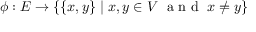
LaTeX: \phi : E \to \{ \{ x , y \} \mid x , y \in V \; { \textrm { a n d } } \; x \neq y \}